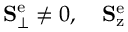
\mathbf { S } _ { \perp } ^ { \mathrm { e } } \neq 0 , \quad \mathbf { S } _ { \mathrm { z } } ^ { \mathrm { e } }